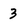
Character: 3